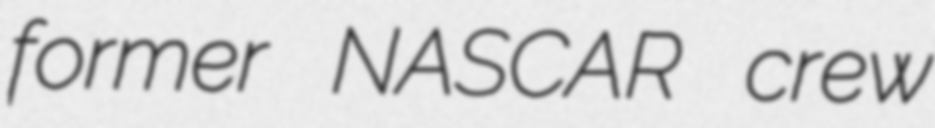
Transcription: former NASCAR crew